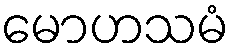
မောဟသမံ